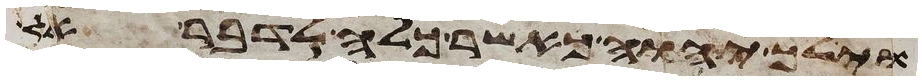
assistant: וילך יהוה כאשר כלה לדבר אל